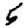
Digit: 5